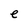
Character: e